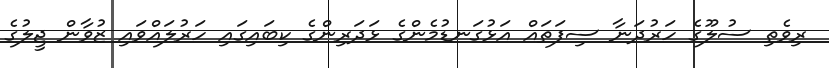
ރިވެތި ސުލޫގެ ހަރުދަނާ ސިފަތައް އަޅުގަނޑުމެންގެ ޅަދަރިންގެ ކިބައިގައި ހަރުލައްވައި ޒުވާން ޖީލުގެ